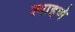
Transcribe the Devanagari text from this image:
श्याइणे